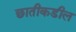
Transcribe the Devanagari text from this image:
छातीकडील